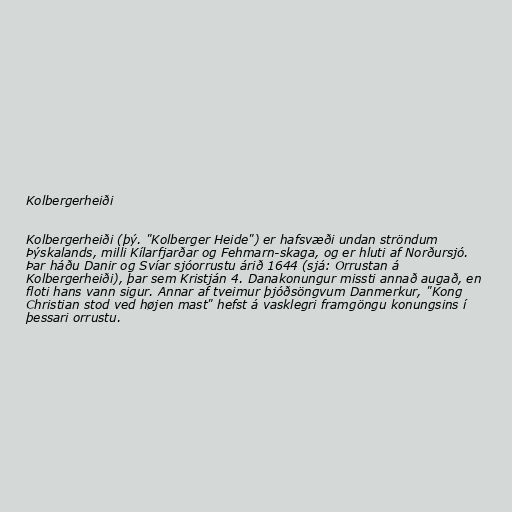
Kolbergerheiði

Kolbergerheiði (þý. "Kolberger Heide") er hafsvæði undan ströndum
Þýskalands, milli Kílarfjarðar og Fehmarn-skaga, og er hluti af Norðursjó.
Þar háðu Danir og Svíar sjóorrustu árið 1644 (sjá: Orrustan á
Kolbergerheiði), þar sem Kristján 4. Danakonungur missti annað augað, en
floti hans vann sigur. Annar af tveimur þjóðsöngvum Danmerkur, "Kong
Christian stod ved højen mast" hefst á vasklegri framgöngu konungsins í
þessari orrustu.